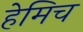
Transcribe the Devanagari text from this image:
हेमिच